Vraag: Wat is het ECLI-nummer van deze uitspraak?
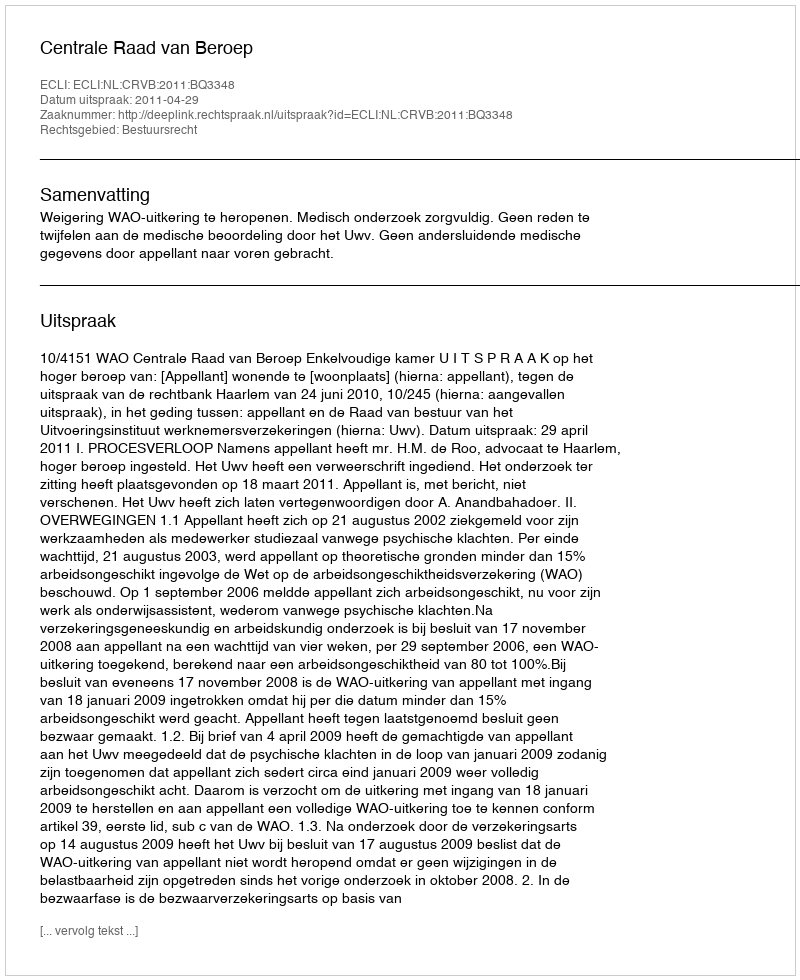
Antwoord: ECLI:NL:CRVB:2011:BQ3348